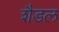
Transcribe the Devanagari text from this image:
शैडल